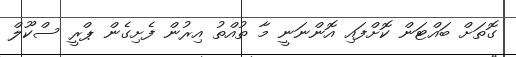
ގޮތަށް ބައްޓަން ކޮށްފައި އޮންނަނީ މާ ތުއްތު އިރުން ފެށިގެން ޕްރީ ސްކޫލް